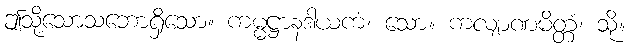
ဤသို့သောသဘောရှိသော။ ကမ္မဋ္ဌာနဒါယကံ၊ သော။ ကလျာဏမိတ္တံ၊ သို့။